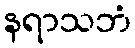
နရာသဘံ